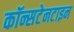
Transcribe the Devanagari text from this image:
कॉन्सटेनटाइन